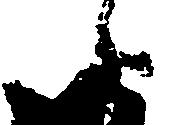
候